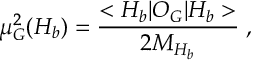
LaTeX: \mu _ { G } ^ { 2 } ( H _ { b } ) = { \frac { < H _ { b } | { \cal O } _ { G } | H _ { b } > } { 2 M _ { H _ { b } } } } \; ,